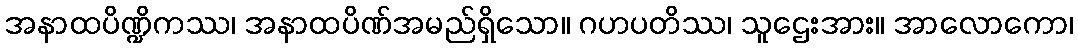
အနာထပိဏ္ဍိကဿ၊ အနာထပိဏ်အမည်ရှိသော။ ဂဟပတိဿ၊ သူဌေးအား။ အာလောကော၊